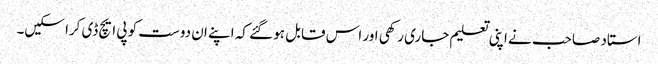
استاد صاحب نے اپنی تعلیم جاری رکھی اور اس قابل ہو گئے کہ اپنے ان دوست کو پی ایچ ڈی کرا سکیں۔